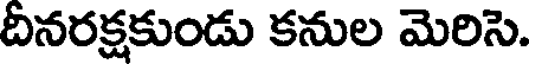
దీనరక్షకుండు కనుల మెరిసె.